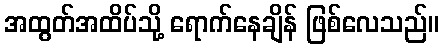
အထွတ်အထိပ်သို့ ရောက်နေချိန် ဖြစ်လေသည်။